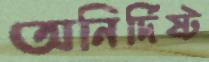
অনির্দিষ্ট